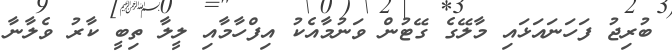
ބުރިޖު ފަހަނައަޅައި މާލޭގެ ގޭޓުން ވަނުމާއެކު އިފްހާމާއި ލީލާ ތިބީ ކާރު ވެލާނާ